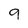
Character: 9